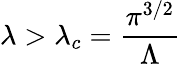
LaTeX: \lambda>\lambda_{c}=\frac{\pi^{3/2}}{\Lambda}